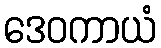
ဒေဝကာယံ